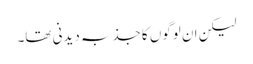
لیکن ان لوگوں کا جذبہ دیدنی تھا۔